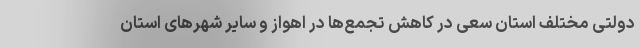
دولتی مختلف استان سعی در کاهش تجمع‌ها در اهواز و سایر شهرهای استان